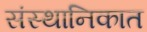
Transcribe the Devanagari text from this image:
संस्थानिकात